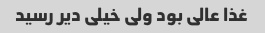
غذا عالی بود ولی خیلی دیر رسید